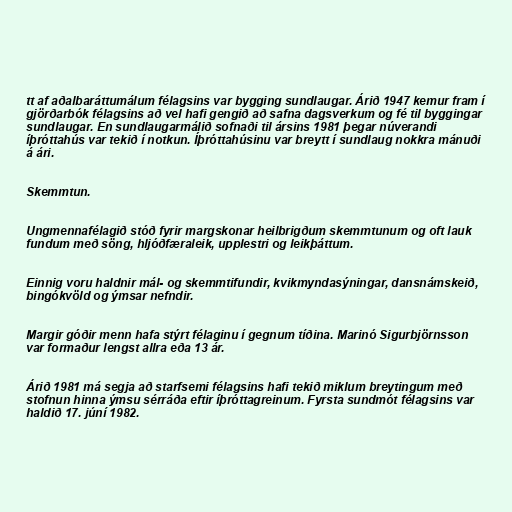
tt af aðalbaráttumálum félagsins var bygging sundlaugar. Árið 1947 kemur fram í
gjörðarbók félagsins að vel hafi gengið að safna dagsverkum og fé til byggingar
sundlaugar. En sundlaugarmálið sofnaði til ársins 1981 þegar núverandi
íþróttahús var tekið í notkun. Íþróttahúsinu var breytt í sundlaug nokkra mánuði
á ári.

Skemmtun.

Ungmennafélagið stóð fyrir margskonar heilbrigðum skemmtunum og oft lauk
fundum með söng, hljóðfæraleik, upplestri og leikþáttum.

Einnig voru haldnir mál- og skemmtifundir, kvikmyndasýningar, dansnámskeið,
bingókvöld og ýmsar nefndir.

Margir góðir menn hafa stýrt félaginu í gegnum tíðina. Marinó Sigurbjörnsson
var formaður lengst allra eða 13 ár.

Árið 1981 má segja að starfsemi félagsins hafi tekið miklum breytingum með
stofnun hinna ýmsu sérráða eftir íþróttagreinum. Fyrsta sundmót félagsins var
haldið 17. júní 1982.